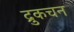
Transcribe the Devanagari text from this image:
द्रुकचन